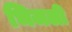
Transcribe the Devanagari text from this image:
भिजली